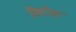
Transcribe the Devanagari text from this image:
त्रिचीवर